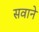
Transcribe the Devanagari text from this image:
सवाने